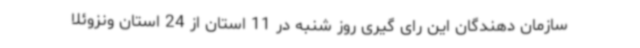
سازمان دهندگان این رای گیری روز شنبه در 11 استان از 24 استان ونزوئلا